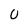
Character: 0